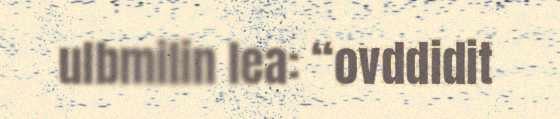
ulbmilin lea: “ovddidit